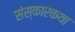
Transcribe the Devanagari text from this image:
संस्कारकथा